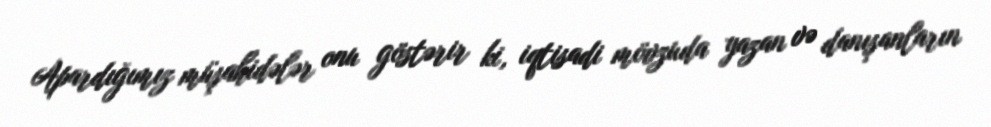
Apardığımız müşahidələr onu göstərir ki, iqtisadi mövzuda yazan və danışanların